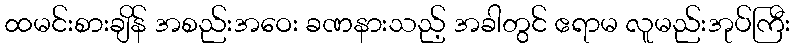
ထမင်းစားချိန် အစည်းအဝေး ခဏနားသည့် အခါတွင် ဧရာမ လူမည်းအုပ်ကြီး